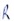
Text: R